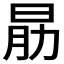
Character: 𣌰